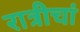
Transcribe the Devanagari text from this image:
रात्रीचां